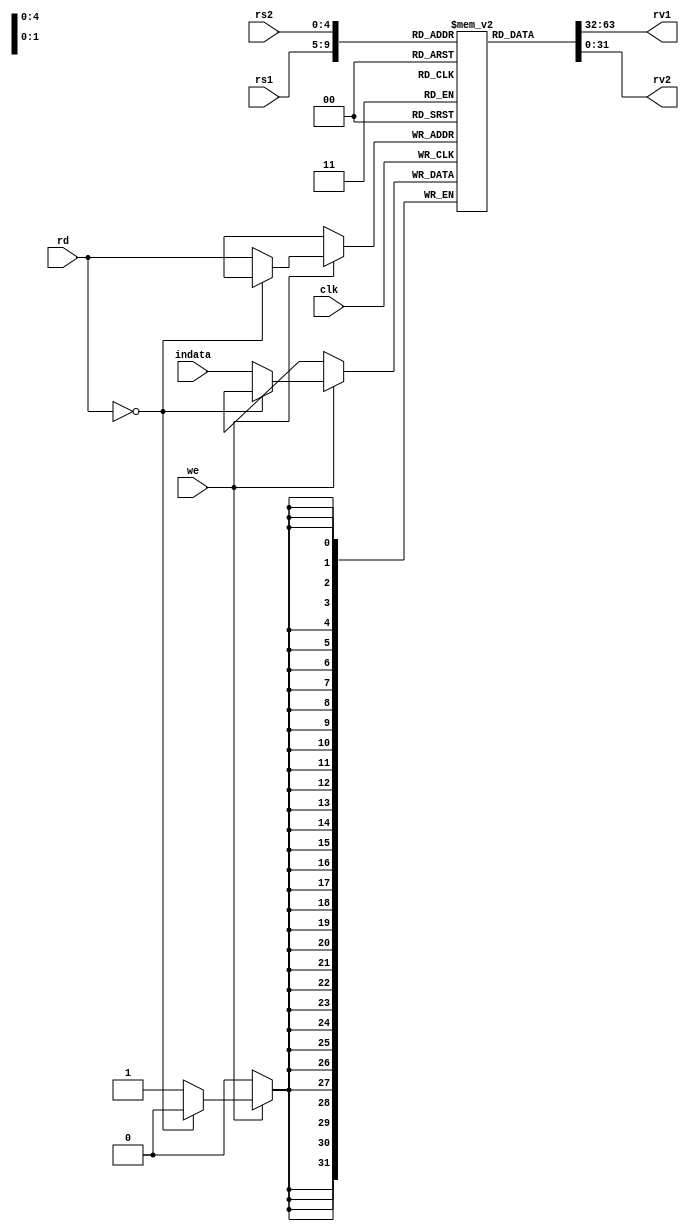
`timescale 1ns / 1ps
//////////////////////////////////////////////////////////////////////////////////
// Company: 
// Engineer: 
// 
// Design Name: 
// Module Name:    rf_module 
// Project Name: 
// Target Devices: 
// Tool versions: 
// Description: 
//
// Dependencies: 
//
// Revision: 
// Revision 0.01 - File Created
// Additional Comments: 
//
//////////////////////////////////////////////////////////////////////////////////
module rf_module(
    input clk,
    input [4:0] rs1,
    input [4:0] rs2,
    input [4:0] rd,
    input we,
    output [31:0] rv1,
    output [31:0] rv2,
    input [31:0] indata
    );
	 
	 reg [31:0] register_field[31:0];
	
integer i;	

initial
begin
	for(i=0; i<32; i=i+1)
	begin 
		register_field[i] <= 32'h00000000;
	end
end

// ------------------------------------
// Reading using Combinational Logic
// ------------------------------------

assign rv1 = register_field[rs1];
assign rv2 = register_field[rs2];

// ------------------------------------
// Writing using Sequential Logic
// ------------------------------------

always @(posedge clk)
begin
	if(we)
	begin
		if(rd == 5'b00000)
		begin
		end
		else
		begin
			register_field[rd] <= indata;
		end
	end
	else
	begin
	end
end

endmodule